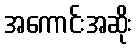
အကောင်းအဆိုး